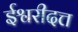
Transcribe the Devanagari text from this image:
ईश्वरीदत्त